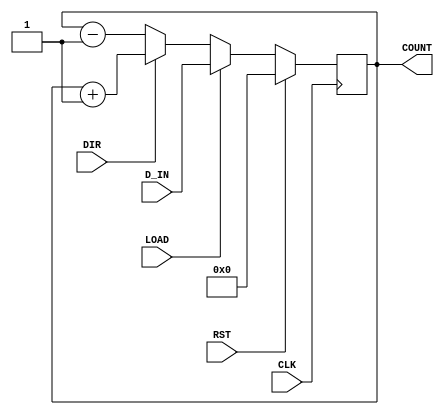
module UpDownCounter #(
    parameter N = 8 // Parameter for the bit-width of the counter
)(
    input wire CLK,          // Clock signal
    input wire RST,          // Reset signal (active high)
    input wire DIR,          // Direction control (1 for up, 0 for down)
    input wire LOAD,         // Load signal (active high)
    input wire [N-1:0] D_IN, // Data input for loading
    output reg [N-1:0] COUNT // Counter output
);

    // Always block triggered on the rising edge of the clock
    always @(posedge CLK) begin
        if (RST) begin
            // Reset the counter to zero
            COUNT <= 0;
        end else if (LOAD) begin
            // Load the value from D_IN into the counter
            COUNT <= D_IN;
        end else begin
            // Count up or down based on DIR
            if (DIR) begin
                // Increment the counter
                COUNT <= COUNT + 1;
            end else begin
                // Decrement the counter
                COUNT <= COUNT - 1;
            end
        end
    end

endmodule